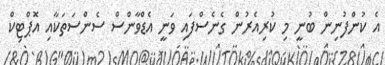
އެ ކުންފުނިން ބުނީ މި ކުރިއެރުން ގެނެސްފައި ވަނީ އެޑްވާންސް ސެންސަތަކާއި އޮޕްޓިކް